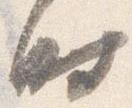
時